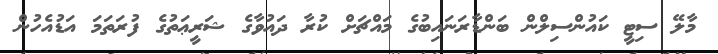
މާލޭ ސިޓީ ކައުންސިލްން ބަންޑާރަނައިބުގެ މައްޗަށް ކުރާ ދައުވާގެ ޝަރީޢަތުގެ ފުރަތަމަ އަޑުއެހުން